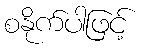
စနိုက်ပါဖြင့်